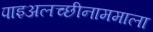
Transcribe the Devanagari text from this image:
पाइअलच्छीनाममाला